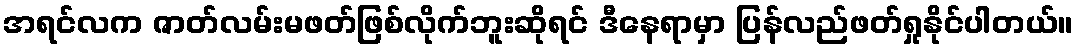
အရင်လက ဇာတ်လမ်းမဖတ်ဖြစ်လိုက်ဘူးဆိုရင် ဒီနေရာမှာ ပြန်လည်ဖတ်ရှုနိုင်ပါတယ်။